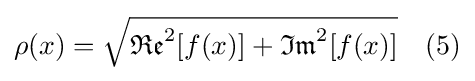
\rho (x)={\sqrt {{\mathfrak {Re}}^{2}[f(x)]+{\mathfrak {Im}}^{2}[f(x)]}}\quad (5)